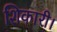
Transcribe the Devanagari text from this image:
शिकारी।